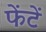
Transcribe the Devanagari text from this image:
फेंटें